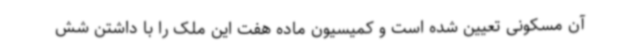
آن مسکونی تعیین شده است و کمیسیون ماده هفت این ملک را با داشتن شش